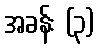
အခန်း (၃)